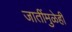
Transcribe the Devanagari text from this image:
जातींमुळेही